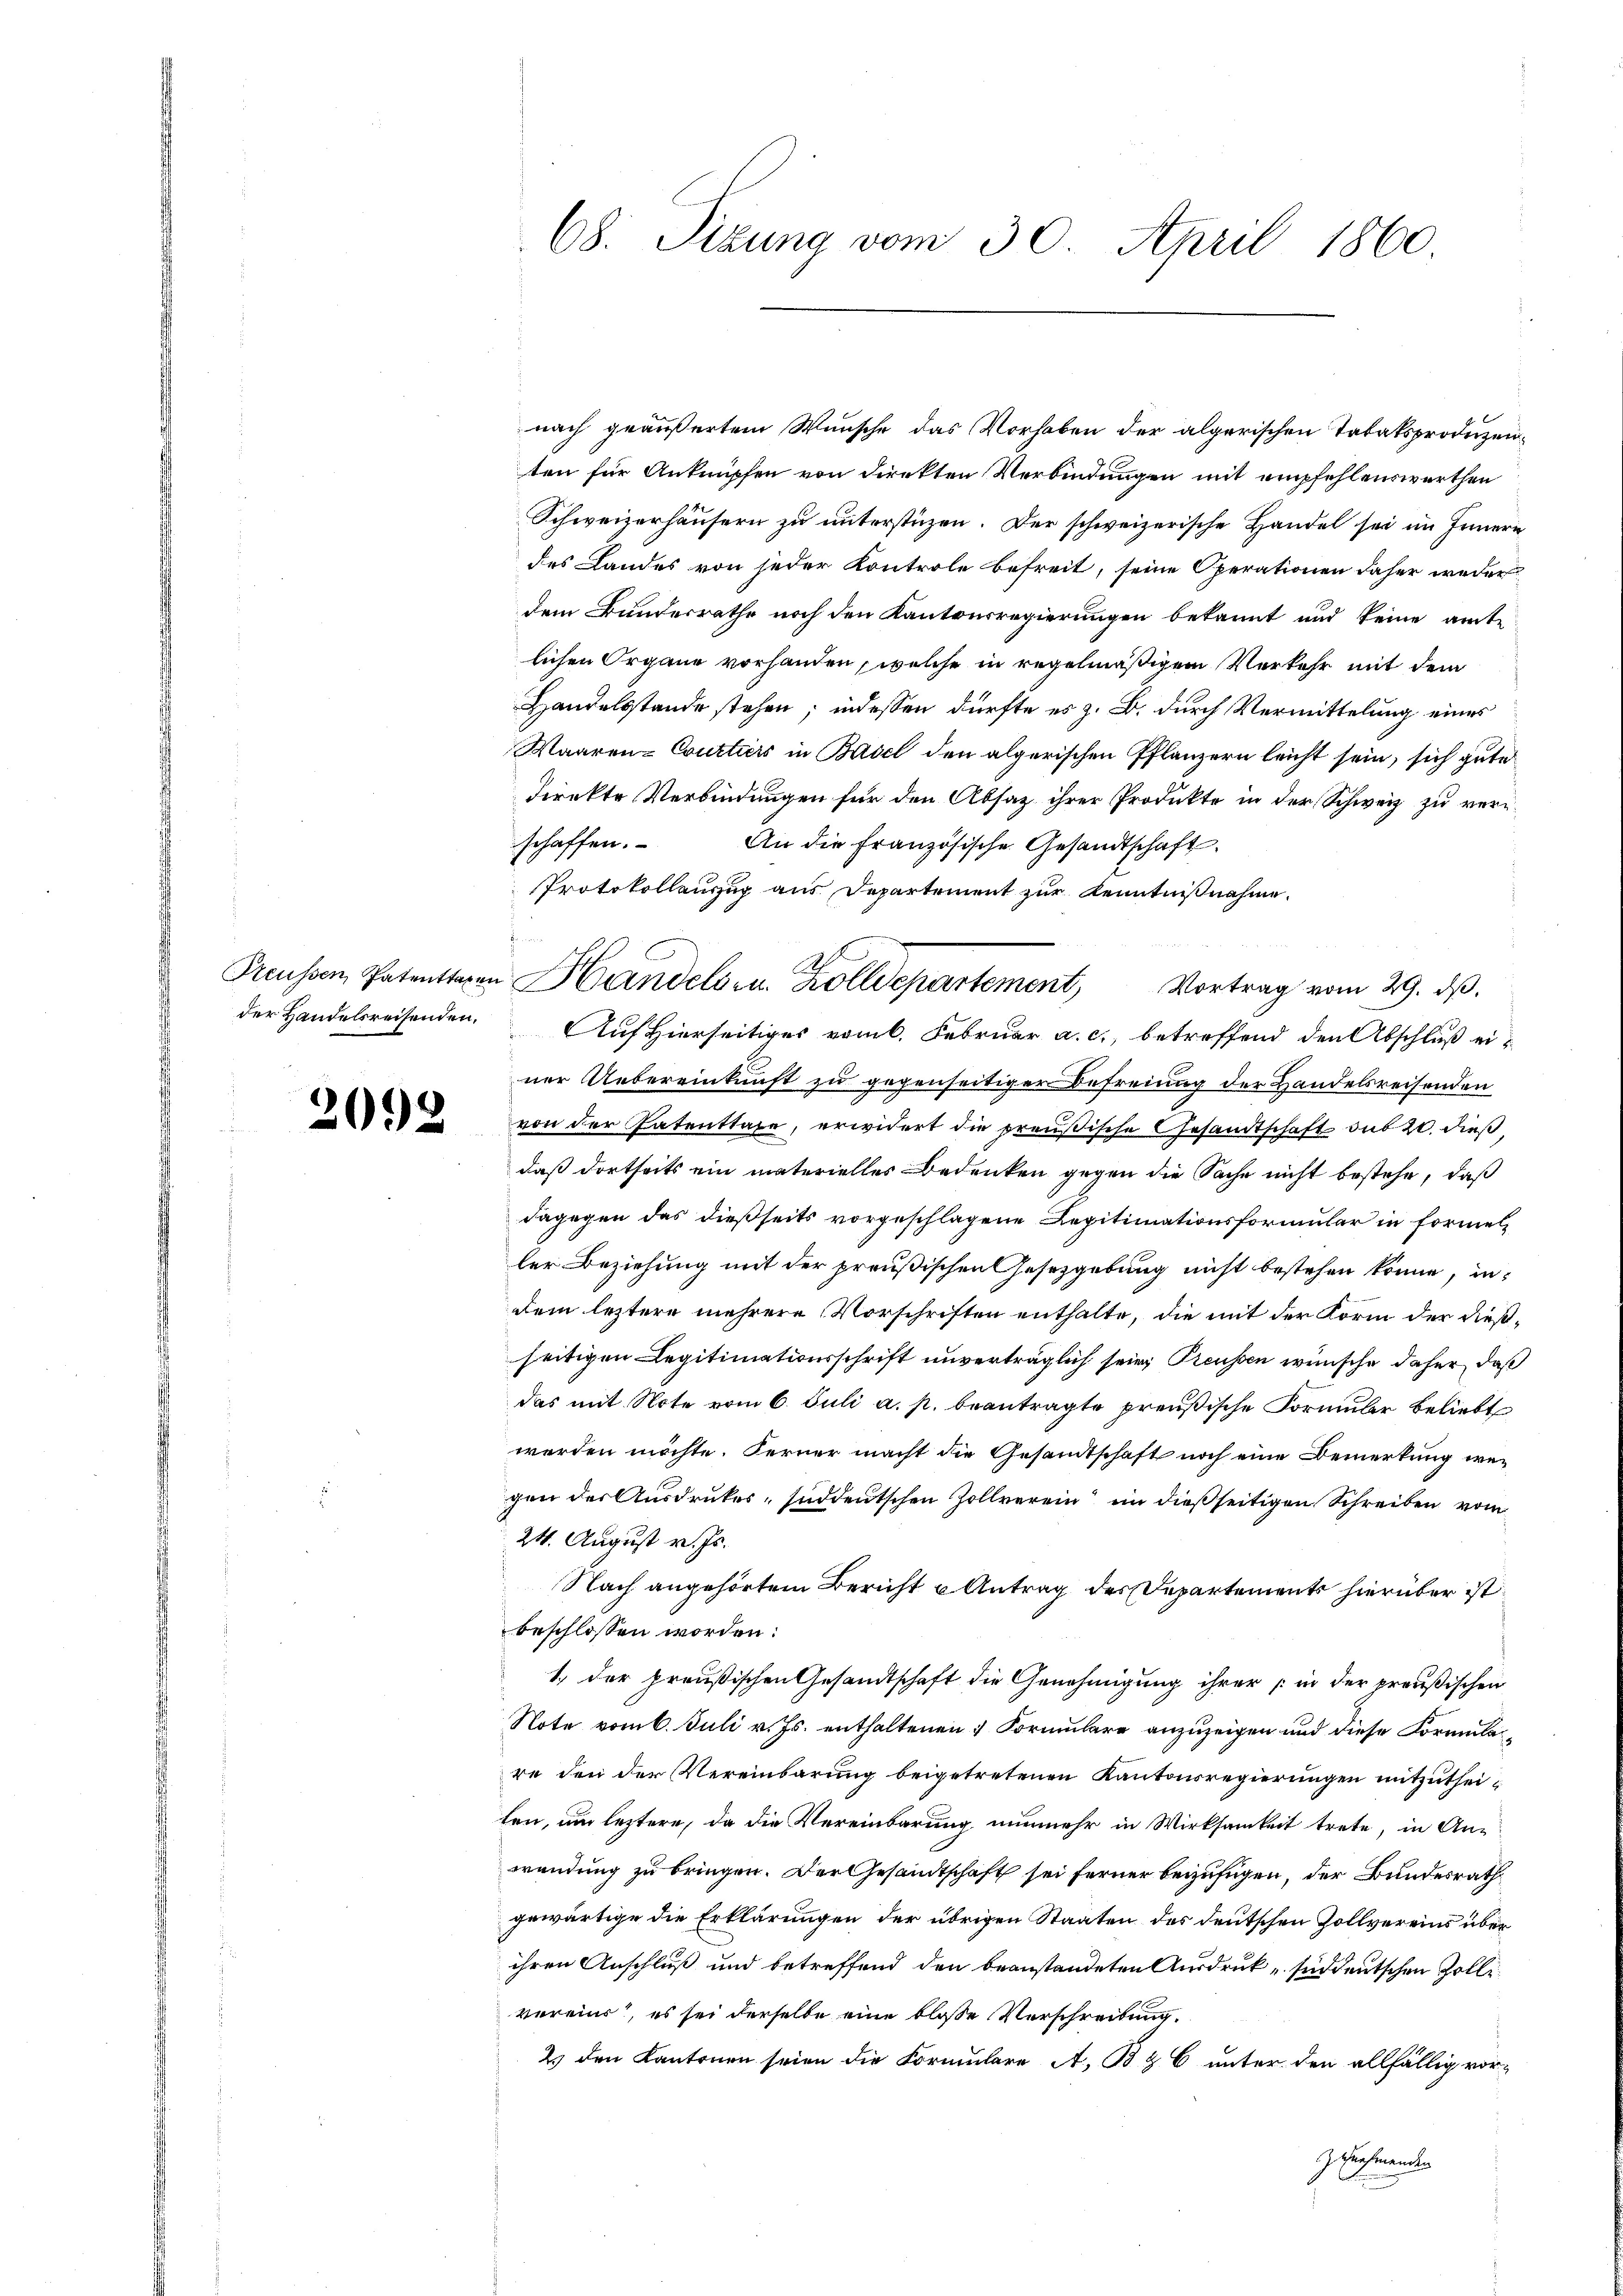
Preussen, Patenttaxen
der Handelsreisenden.

2092

68. Sizung vom 30. April 1860

nach geäußertem Wunsche das Vorhaben der algerischen Tabaksproduzenten für Anknüpfen von direkten Verbindungen mit empfehlenswerthen
Schweizerhäusern zu unterstüzen. Der schweizerische Handel sei im Innern
des Landes von jeder Kontrole befreit, seine Operationen daher weder
dem Bundesrathe noch den Kantonsregierungen bekannt und keine amte
lichen Organe vorhanden, welche in regelmäßigem Verkehr mit dem
Handelsstande stehen; indessen dürfte es z. B. durch Vermittelung eines
Waaren-Courtiers in Basel den algerischen Pflänzern leicht sein, sich gute
direkte Verbindungen für den Absatz ihrer Produkte in der Schweiz zu verschaffen.
An die französische Gesandtschaft.
Protokollenzug aus Departement zur Kenntnißnahme.

Auf Hierseitiges vom 6. Februar a. c., betreffend den Abschluß einer Uebereinkunft zu gegenseitiger Befreiung der Handelsreisenden
von der Patenttage, erwidert die preußische Gesandtschaft du 20. dieß
daß dortseits ein materielles Bedenken gegen die Sache nicht bestehe, daß
dagegen das dießseits vorgeschlagene Legitimationsformular in Formel-
ler Beziehung mit der preußischen Gesetzgebung nicht bestehen könne, indem leztere mehrere Vorschriften enthalte, die mit der Korm der dießseitigen Legitimationsschrift unverträglich sein, Preussen wünsche daher, daß
das mit Note vom 6. Juli a. p. beantragte preußische Formŭlar beliebt
werden möchte. Ferner macht die Gesandtschaft noch eine Bemerkung wegen der Ausdruckes süddeutschen Zollverein in dießseitigen Schreiben vom
24. August v. Js.
Nach angehörtem Bericht u Antrag des Departements hierüber ist
beschlossen worden.
1.) Der preußischen Gesandtschaft die Genehmigung ihrer in der preußischen
Note vom 6. Juli v. Js. enthaltenen Formulare anzuzeigen und diese Formula
re den der Vereinbarung beigetretenen Kantonsregierungen mitzutheiten, um leztere, da die Vereinbarung nunmehr in Wirksamkeit trete, in An-
wendung zu bringen. Der Gesandtschaft sei ferner beizufügen, der Bundesrath
gewärtige die Erklärungen der übrigen Staaten des deutschen Zollvereins überihren Anschluß und betreffend den beanstandeten Ausdruck „süddeutschen Zolle
vereins, es sei derselbe eine bloße Verschreibung,
2. den Kantonen seien die Formulare A. B & 6 unter den allfällig vor-
Zeichmenden

2
Handelsr. Zolldepartement, Vortrag vom 29. ds.